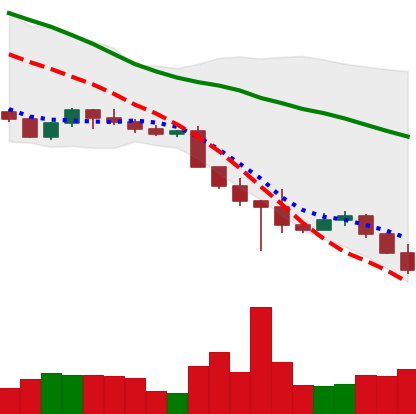
Ticker: ADA-USD
Chart end date: 2022-10-20
Forward return: 18.143%
Label: up_7plus